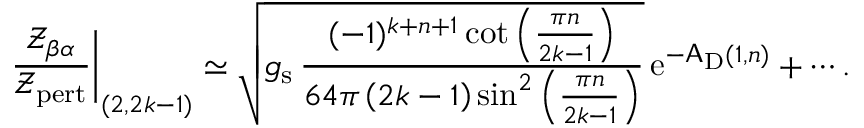
\left. \frac { { \mathscr Z } _ { \beta \alpha } } { { \mathscr Z } _ { \mathrm { p e r t } } } \right| _ { ( 2 , 2 k - 1 ) } \simeq \sqrt { g _ { \mathrm { s } } \, \frac { ( - 1 ) ^ { k + n + 1 } \cot \left( \frac { \pi n } { 2 k - 1 } \right) } { 6 4 \pi \left( 2 k - 1 \right) \sin ^ { 2 } \left( \frac { \pi n } { 2 k - 1 } \right) } } \, { \mathrm { e } } ^ { - \mathsf { A } _ { \mathrm { D } } ( 1 , n ) } + \cdots .